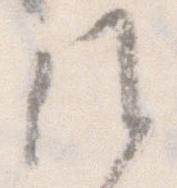
候